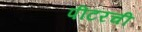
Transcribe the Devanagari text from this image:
पीटरची